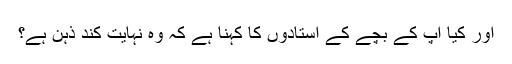
اور کیا آپ کے بچے کے استادوں کا کہنا ہے کہ وہ نہایت کند ذہن ہے؟